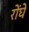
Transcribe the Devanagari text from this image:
रोंघे